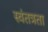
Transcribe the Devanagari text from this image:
स्‍वंतत्रता